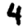
Digit: 4